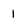
Character: 1